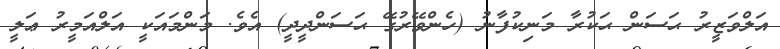
އަލްވަޒީރު ޙަސަން ޙަކުރާ މަނިކުފާނު (ހެންވޭރުގޭ ޙަސަންދީދީ) އެވެ. މަންމައަކީ އަލްއަމީރު ޢަލީ